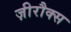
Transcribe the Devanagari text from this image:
ज़ीरौक्स